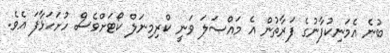
ބުނެ އެމަނިކުފާނުގެ ފަރާތުން އެ މައްސަލަ ވަނީ ކްރިމިނަލް ކޯޓަށްވެސް ހުށަހަޅާފަ އެވެ.